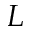
L